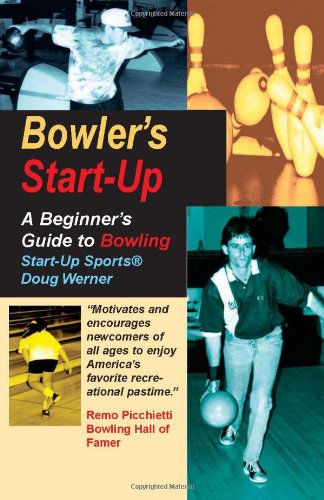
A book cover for Bowler's Start-Up: A Beginner's Guide to Bowling (Start-Up Sports series); Doug Werner; Sports & Outdoors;